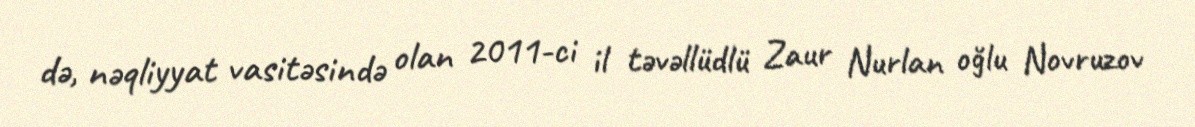
də, nəqliyyat vasitəsində olan 2011-ci il təvəllüdlü Zaur Nurlan oğlu Novruzov